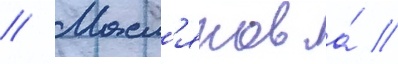
// Масл'яков а́ //